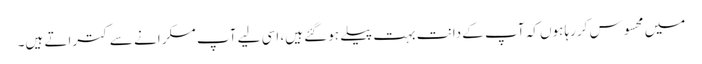
میں محسوس کررہا ہوں کہ آپ کے دانت بہت پیلے ہوگئے ہیں، اسی لیے آپ مسکرانے سے کتراتے ہیں۔